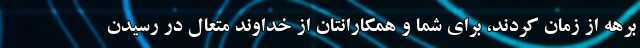
برهه از زمان کردند، برای شما و همکارانتان از خداوند متعال در رسیدن